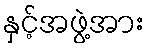
နှင့်အဖွဲ့အား